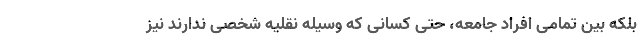
بلکه بین تمامی افراد جامعه، حتی کسانی که وسیله نقلیه شخصی ندارند نیز